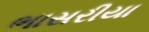
ભાસરીયા